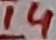
Text: 14